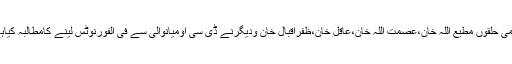
عوامی حلقوں مطیع اللہ خان،عصمت اللہ خان،عاقل خان،ظفراقبال خان ودیگرنے ڈی سی اومیانوالی سے فی الفورنوٹس لینے کامطالبہ کیاہے ۔